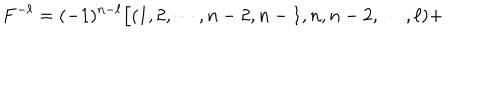
F ^ { - \ell } = ( - 1 ) ^ { n - \ell } \Bigl [ ( 1 , 2 , \cdots , n - 2 , n - 1 , n , n - 2 , \cdots , \ell ) +